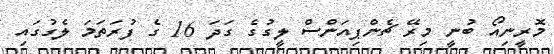
މޮރީނިއޯ ބުނީ މިރޭ ޗެންޕިއަންސް ލީގުގެ ގަދަ 16 ގެ ފުރަތަމަ ލެގުގައި